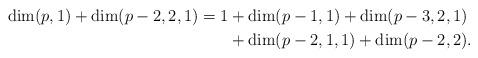
LaTeX: \begin{align*} \dim(p,1)+\dim(p-2,2,1)=1&+\dim(p-1,1)+\dim(p-3,2,1)\cr &+\dim(p-2,1,1)+\dim(p-2,2). \end{align*}